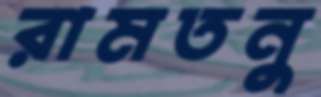
রামতনু